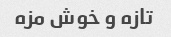
تازه و خوش مزه